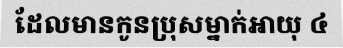
ដែលមានកូនប្រុសម្នាក់អាយុ ៤